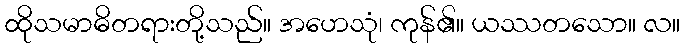
ထိုသမာဓိတရားတို့သည်။ အဟေသုံ၊ ကုန်၏။ ယဿတသော။ လ။